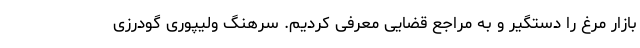
بازار مرغ را دستگیر و به مراجع قضایی معرفی کردیم. سرهنگ ولیپوری گودرزی